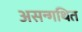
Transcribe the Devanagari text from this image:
असन्गथित